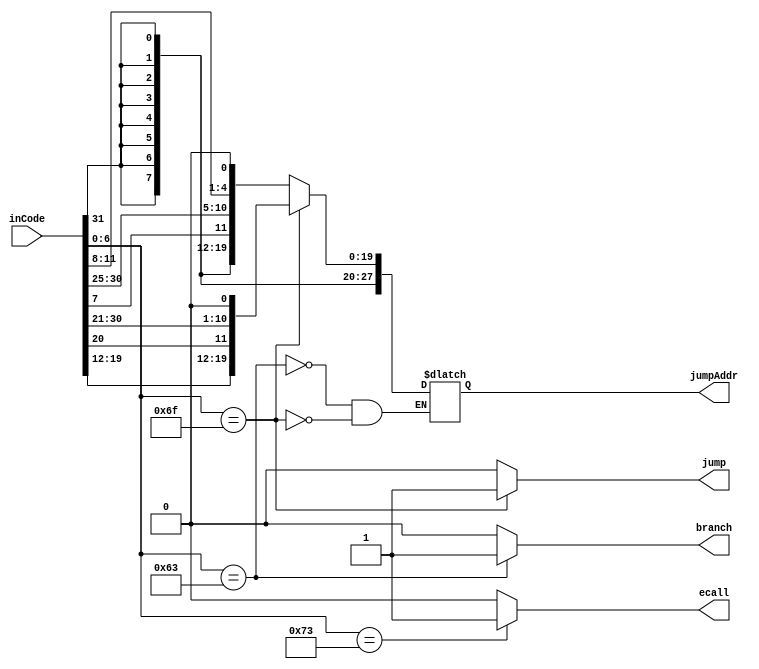
module Branch_Jump(jumpAddr,branch,jump,ecall,inCode);
output reg[31:0]jumpAddr;
output reg branch,jump,ecall;
input [31:0]inCode;
wire [6:0]opCode;

assign opCode = inCode[6:0];

always@(inCode)
begin
case(opCode)
7'b1100011: begin branch = 1; jump = 0; ecall = 0;
                  jumpAddr[31:0] = {{20{inCode[31]}},inCode[7],inCode[30:25],inCode[11:8],1'b0};
            end   
7'b1101111: begin branch = 0; jump = 1; ecall = 0;
                  jumpAddr[31:0] = {{12{inCode[31]}},inCode[19:12],inCode[20],inCode[30:21],1'b0};
            end
7'b1110011: begin branch = 0; jump = 0; ecall = 1; end
default: begin branch = 0; jump = 0; ecall = 0; end
endcase
end

endmodule